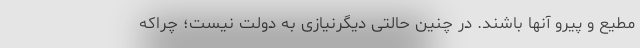
مطیع و پیرو آنها باشند. در چنین حالتی دیگرنیازی به دولت نیست؛ چراکه